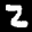
Label: 2